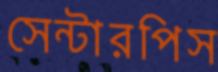
সেন্টারপিস